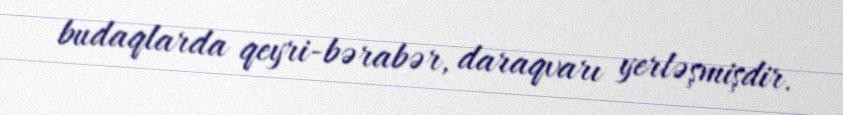
budaqlarda qeyri-bərabər, daraqvarı yerləşmişdir.